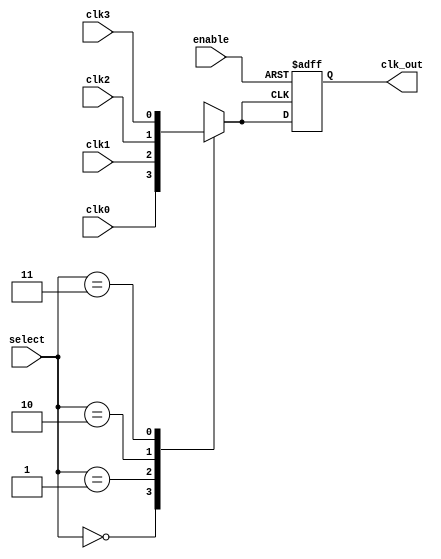
module ClockMultiplexerBuffer (
    input wire clk0,          // Clock input 0
    input wire clk1,          // Clock input 1
    input wire clk2,          // Clock input 2
    input wire clk3,          // Clock input 3 (add more as needed)
    input wire [1:0] select,  // 2-bit selection input for clock selection
    input wire enable,        // Enable signal
    output reg clk_out        // Clock output
);

    // Internal wire to hold the selected clock
    wire selected_clk;

    // Multiplexer logic to select the clock based on the select lines
    always @(*) begin
        case (select)
            2'b00: selected_clk = clk0; // Select CLK0
            2'b01: selected_clk = clk1; // Select CLK1
            2'b10: selected_clk = clk2; // Select CLK2
            2'b11: selected_clk = clk3; // Select CLK3
            default: selected_clk = 1'b0; // Default case (should not occur)
        endcase
    end

    // Buffering stage and enable control
    always @(posedge selected_clk or negedge enable) begin
        if (!enable) begin
            clk_out <= 1'bz; // High-impedance state when not enabled
        end else begin
            clk_out <= selected_clk; // Drive the output with the selected clock
        end
    end

endmodule